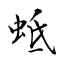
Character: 蚳